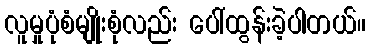
လူမှုပုံစံမျိုးစုံလည်း ပေါ်ထွန်းခဲ့ပါတယ်။